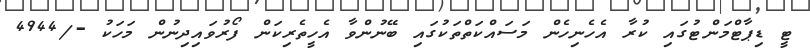
ޓީ ޑިޕާޓްމަންޓުގައި ކުރާ އެހެނިހެން މަސައްކަތްތަކުގައި ބޭނުންވާ އެހީތެރިކަން ފޯރުވައިދިނުން މަހަކު -/4944